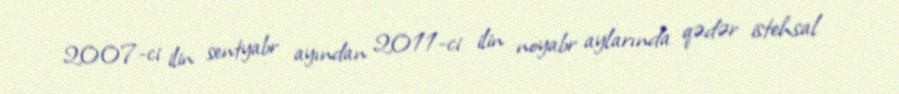
2007-ci ilin sentyabr ayından 2011-ci ilin noyabr aylarında qədər istehsal